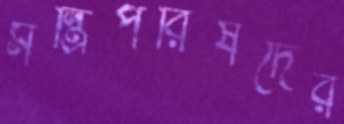
মন্ত্রিপরিষদের